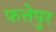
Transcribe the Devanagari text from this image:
फत्तेपुर